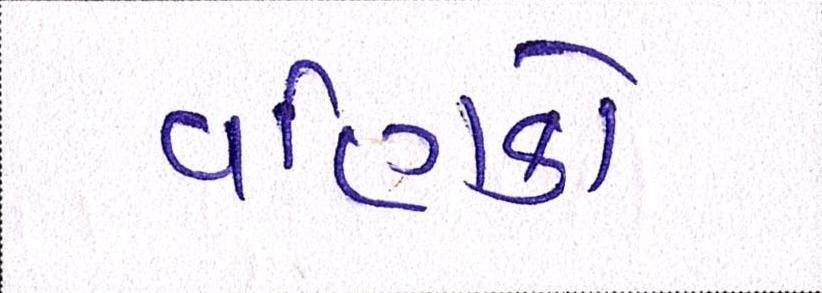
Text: વણિકો